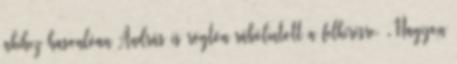
akihez hasonlóan András is rögtön rábólintott a felkérésre. „Nagyon